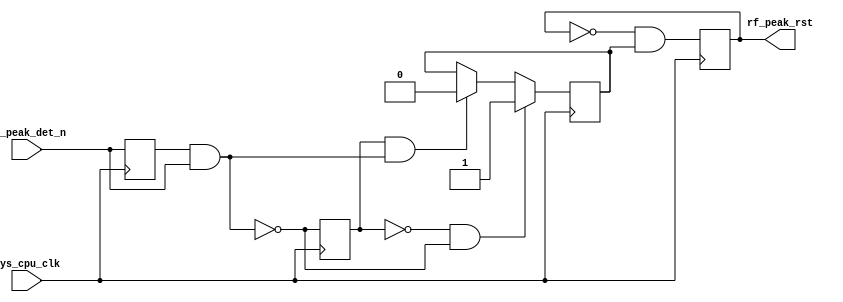
module ad_adl5904_rst (
  input           sys_cpu_clk,
  input           rf_peak_det_n,
  output          rf_peak_rst);
  reg             rf_peak_det_n_d = 'd0;
  reg             rf_peak_det_enb_d = 'd0;
  reg             rf_peak_rst_enb = 'd0;
  reg             rf_peak_rst_int = 'd0;
  wire            rf_peak_det_enb_s;
  wire            rf_peak_rst_1_s;
  wire            rf_peak_rst_0_s;
  assign rf_peak_rst = rf_peak_rst_int;
  assign rf_peak_det_enb_s = ~(rf_peak_det_n_d & rf_peak_det_n);
  assign rf_peak_rst_1_s = ~rf_peak_det_enb_d & rf_peak_det_enb_s;
  assign rf_peak_rst_0_s = rf_peak_det_enb_d & ~rf_peak_det_enb_s;
  always @(posedge sys_cpu_clk) begin
    rf_peak_det_n_d <= rf_peak_det_n;
    rf_peak_det_enb_d <= rf_peak_det_enb_s;
    if (rf_peak_rst_1_s == 1'b1) begin
      rf_peak_rst_enb <= 1'b1;
    end else if (rf_peak_rst_0_s == 1'b1) begin
      rf_peak_rst_enb <= 1'b0;
    end
    rf_peak_rst_int = ~rf_peak_rst_int & rf_peak_rst_enb;
  end
endmodule